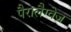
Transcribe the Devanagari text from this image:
पैरालैग्वेज